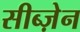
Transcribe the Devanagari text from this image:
सीब्ज़ेन